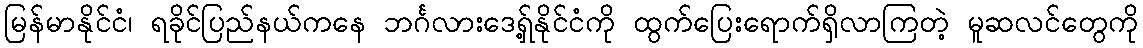
မြန်မာနိုင်ငံ၊ ရခိုင်ပြည်နယ်ကနေ ဘင်္ဂလားဒေရှ့်နိုင်ငံကို ထွက်ပြေးရောက်ရှိလာကြတဲ့ မူဆလင်တွေကို